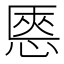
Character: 㥦